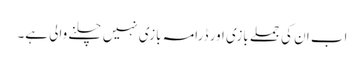
اب ان کی جملے بازی اور ڈرامہ بازی نہیں چلنے والی ہے۔